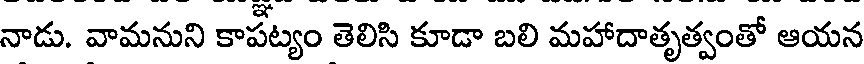
నాడు. వామనుని కాపట్యం తెలిసి కూడా బలి మహాదాతృత్వంతో ఆయన